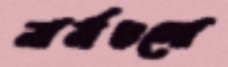
নার্সগুলো